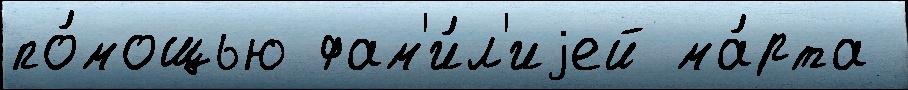
по́мощью фам'и́л'иjей ма́рта